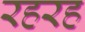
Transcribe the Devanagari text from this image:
रहरह